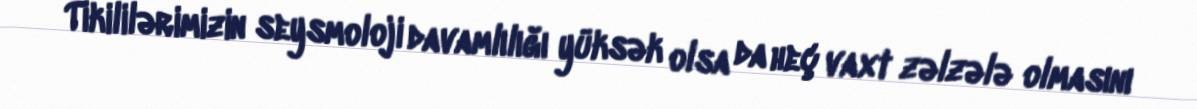
Tikililərimizin seysmoloji davamlılığı yüksək olsa da heç vaxt zəlzələ olmasını